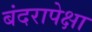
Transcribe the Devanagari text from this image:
बंदरापेक्षा